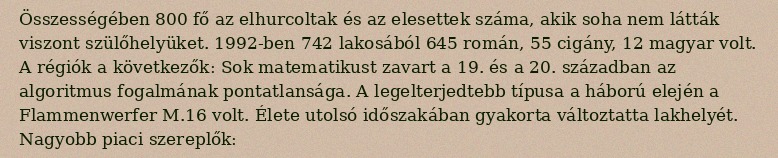
Összességében 800 fő az elhurcoltak és az elesettek száma, akik soha nem látták viszont szülőhelyüket. 1992-ben 742 lakosából 645 román, 55 cigány, 12 magyar volt. A régiók a következők: Sok matematikust zavart a 19. és a 20. században az algoritmus fogalmának pontatlansága. A legelterjedtebb típusa a háború elején a Flammenwerfer M.16 volt. Élete utolsó időszakában gyakorta változtatta lakhelyét. Nagyobb piaci szereplők: